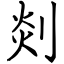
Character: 剡